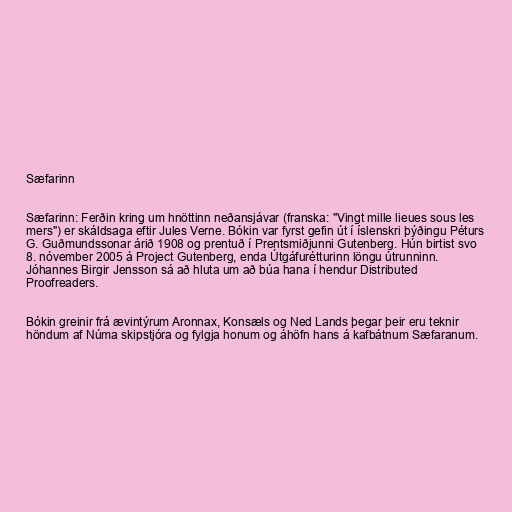
Sæfarinn

Sæfarinn: Ferðin kring um hnöttinn neðansjávar (franska: "Vingt mille lieues sous les
mers") er skáldsaga eftir Jules Verne. Bókin var fyrst gefin út í íslenskri þýðingu Péturs
G. Guðmundssonar árið 1908 og prentuð í Prentsmiðjunni Gutenberg. Hún birtist svo
8. nóvember 2005 á Project Gutenberg, enda Útgáfurétturinn löngu útrunninn.
Jóhannes Birgir Jensson sá að hluta um að búa hana í hendur Distributed
Proofreaders.

Bókin greinir frá ævintýrum Aronnax, Konsæls og Ned Lands þegar þeir eru teknir
höndum af Núma skipstjóra og fylgja honum og áhöfn hans á kafbátnum Sæfaranum.